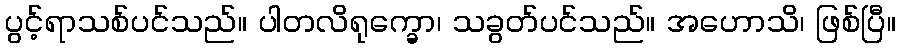
ပွင့်ရာသစ်ပင်သည်။ ပါတလိရုက္ခော၊ သခွတ်ပင်သည်။ အဟောသိ၊ ဖြစ်ပြီ။